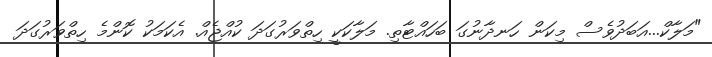
"މަލާކް...އަބަދުވެސް މިކަން ހަނދާނުގަ ބަހައްޓާތި. މަލާކަކީ ހިތްވަރުގަދަ ކުއްޖެއް. އެކަމަކު ކޮންމެ ހިތްވަރުގަދަ